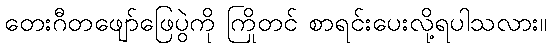
တေးဂီတဖျော်ဖြေပွဲကို ကြိုတင် စာရင်းပေးလို့ရပါသလား။